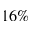
1 6 \%